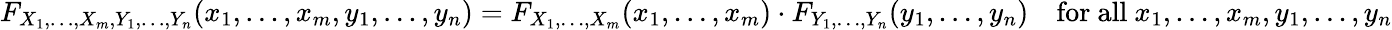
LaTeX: F_{X_{1},\ldots,X_{m},Y_{1},\ldots,Y_{n}}(x_{1},\ldots,x_{m},y_{1},\ldots,y_{n})=F_{X_{1},\ldots,X_{m}}(x_{1},\ldots,x_{m})\cdot F_{Y_{1},\ldots,Y_{n}}(y_{1},\ldots,y_{n})\quad{\mathrm{for~all~}}x_{1},\ldots,x_{m},y_{1},\ldots,y_{n}